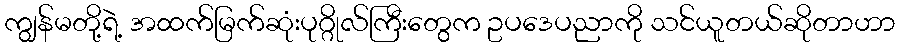
ကျွန်မတို့ရဲ့ အထက်မြက်ဆုံးပုဂ္ဂိုလ်ကြီးတွေက ဥပဒေပညာကို သင်ယူတယ်ဆိုတာဟာ